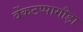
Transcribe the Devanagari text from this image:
वेंकटप्पागौड़ा